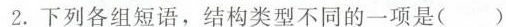
2. 下列各组短语，结构类型不同的一项是（）